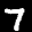
Label: 7